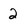
Character: 2